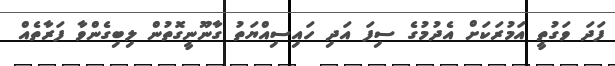
ފަދަ ވަގުތީ އަމުރަކަށް އެދުމުގެ ސިފަ އަދި ހައިސިއްޔަތު ގާނޫނީގޮތުން ލިބިގެންވާ ފަރާތެއް